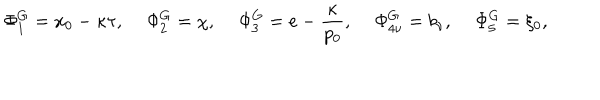
LaTeX: \Phi _ { 1 } ^ { G } = x _ { 0 } - \kappa \tau , \quad \, \Phi _ { 2 } ^ { G } = \chi , \quad \, \Phi _ { 3 } ^ { G } = e - \frac { \kappa } { p _ { 0 } } , \quad \, \Phi _ { 4 \nu } ^ { G } = b _ { \nu } , \quad \, \Phi _ { 5 } ^ { G } = \xi _ { 0 } ,